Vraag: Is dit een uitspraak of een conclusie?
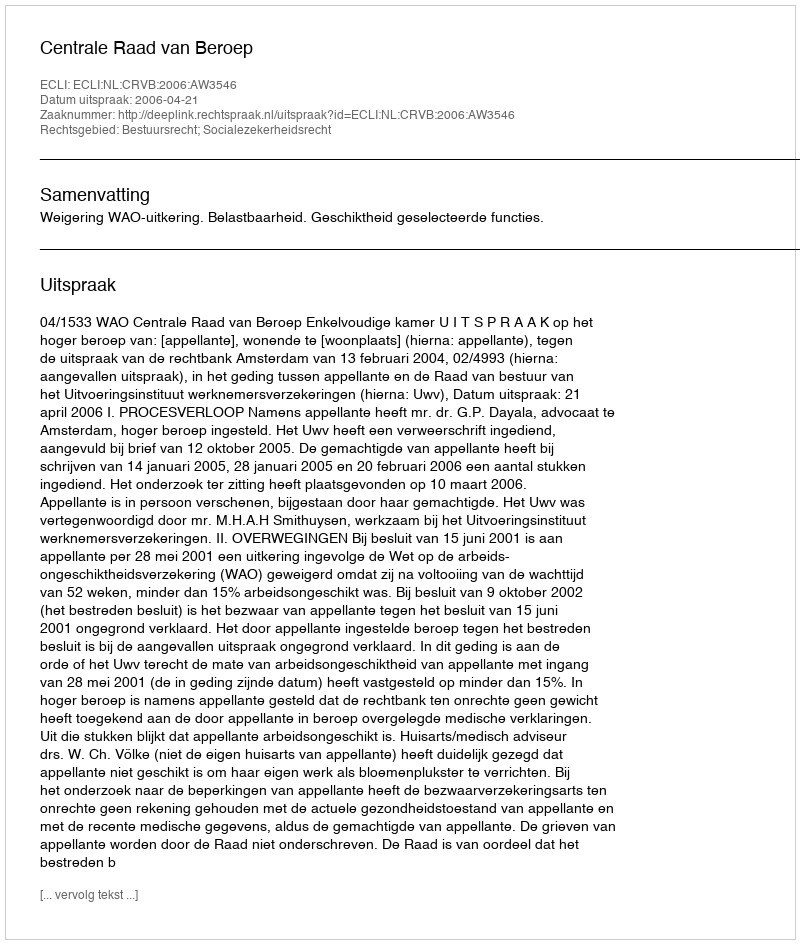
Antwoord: Uitspraak